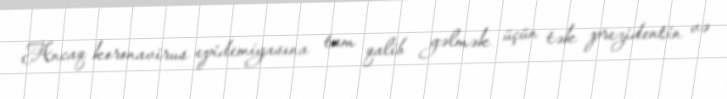
Ancaq koronavirus epidemiyasına tam qalib gəlmək üçün tək prezidentin və